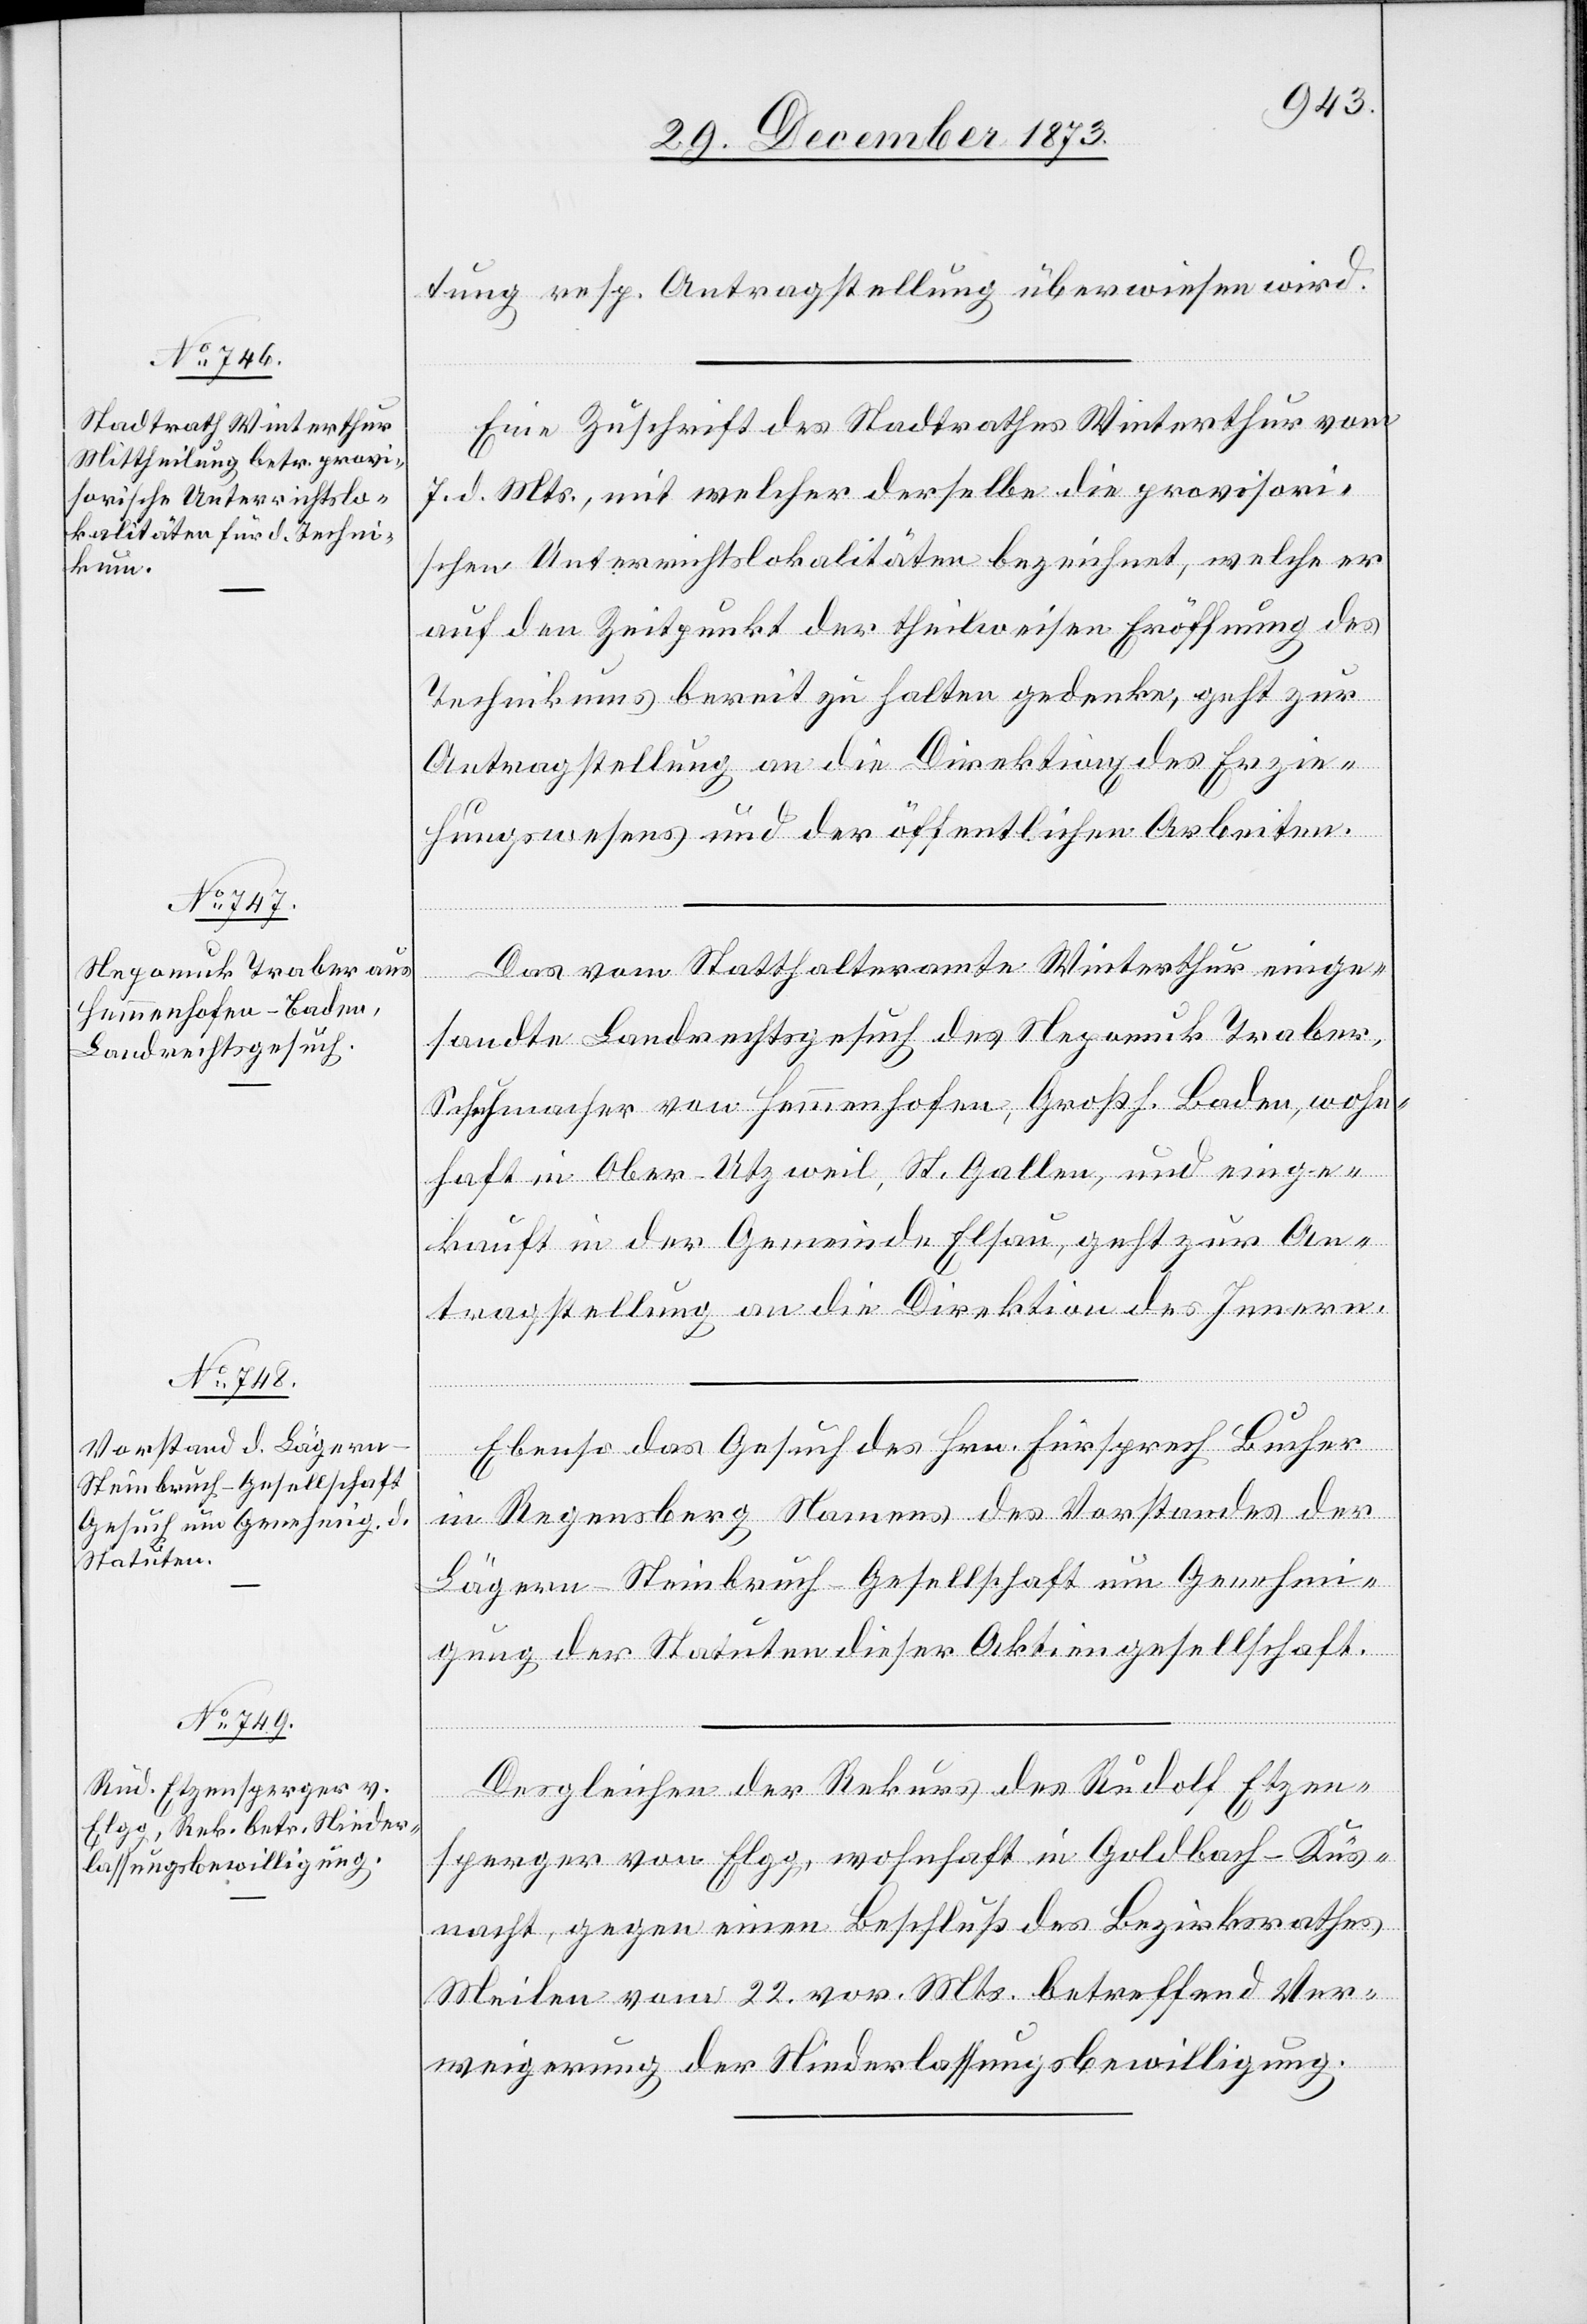
1874.]

tung resp. Antragstellung überwiesen wird.
Eine Zuschrift des Stadtrathes Winterthur vom
7. d. Mts., mit welcher derselbe die provisori¬
schen Unterrichtslokalitäten bezeichnet, welche er
auf den Zeitpunkt der theilweisen Eröffnung des
Technikums bereit zu halten gedenke, geht zur
Antragstellung an die Direktion des Erzie¬
hungswesens und der öffentlichen Arbeiten.
Das vom Statthalteramte Winterthur einge¬
sandte Landrechtsgesuch des Nepomuk Traber,
Schuhmacher von Hemmenhofen, Großh. Baden, wohn¬
haft in Ober-Utzweil, St. Gallen, und einge¬
kauft in der Gemeinde Elsau, geht zur An¬
tragstellung an die Direktion des Innern.
Ebenso das Gesuch des Hrn. Fürsprech Bucher
in Regensberg Namens des Vorstandes der
Lägern-Steinbruch-Gesellschaft um Genehmi¬
gung der Statuten dieser Aktiengesellschaft.
Desgleichen der Rekurs des Rudolf Etzen¬
sperger von Elgg, wohnhaft in Goldbach - Küs¬
nacht, gegen einen Beschluß des Bezirksrathes
Meilen vom 22. vor. Mts. betreffend Ver¬
weigerung der Niederlassungsbewilligung.